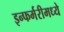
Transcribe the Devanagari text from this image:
इन्फर्मरीमध्ये